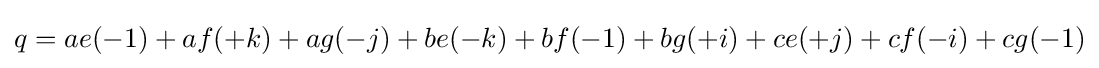
q=ae(-1)+af(+k)+ag(-j)+be(-k)+bf(-1)+bg(+i)+ce(+j)+cf(-i)+cg(-1)